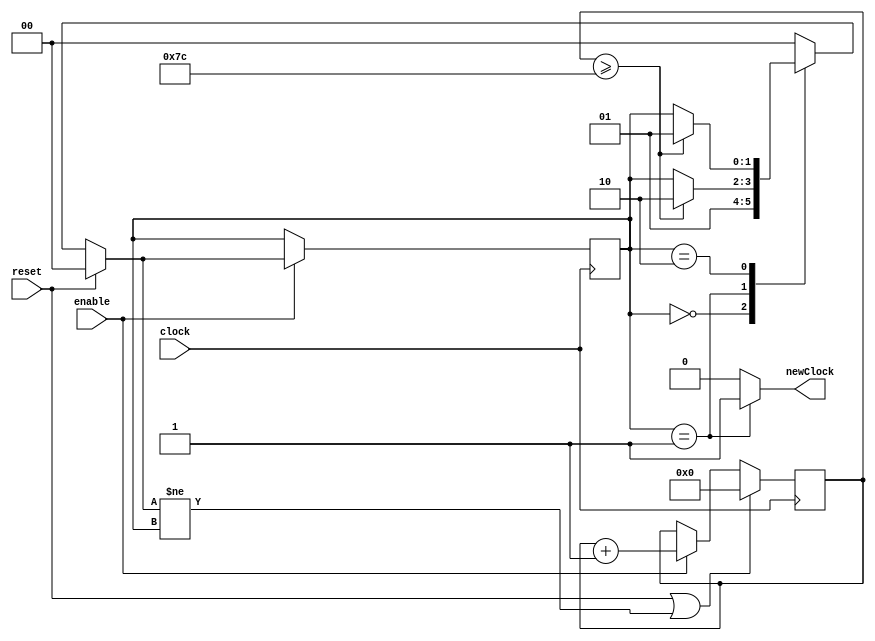
`define OFF		2'd0
`define HIGH	2'd1
`define LOW		2'd2

module clockDIV
(
	input		enable,
	input		reset,
	input		clock,
	output reg	newClock
);

	// Divide 50 MHz clock to 200 kHz = 250 : 1
	// Each state will change every 250/2 = 125 clock cycles
	// 124 = 7'b111 1100

	reg	[6:0]counter;
	reg	[1:0]	state,
				nextState;
	
	/** nextState handling **/
	always @(reset or state or counter)
	begin
		if(reset)
			nextState <= `OFF;
		else
		begin
			case(state)
				`OFF :		nextState <= `HIGH;
				`HIGH:		nextState <= (counter >= 7'd124)? `LOW  : state;
				`LOW :		nextState <= (counter >= 7'd124)? `HIGH : state;
				default:	nextState <= `OFF;
			endcase
		end
	end
	
	/** state handling **/
	always @(posedge clock)
	begin
		if(enable)
			state <= nextState;
	end

	/** Counter handling **/
	always @(posedge clock)
	begin
		if(reset || (nextState != state))
			counter <= 7'd0;
		else if(enable)
		begin
			counter <= counter + 7'd1;
		end
	end
	
	/** Output handling **/
	always @(state)
	begin
		case(state)
			`HIGH:		newClock <= 1'b1;
			`LOW:		newClock <= 1'b0;
			default:	newClock <= 1'b0;
		endcase
	end
	
endmodule